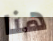
هنا